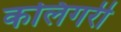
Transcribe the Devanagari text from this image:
कलिगरी